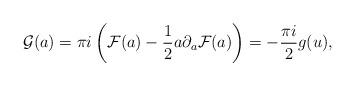
LaTeX: \begin{align*}{\cal G}(a)=\pi i\left({\cal F}(a)-{1\over 2}a\partial_a{\cal F}(a)\right)=-{\pi i\over 2}g(u),\end{align*}